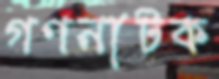
গণনাটক